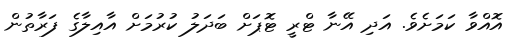
އޮއްވާ ކަމަށެވެ. އަދި އޭނާ ޓްރީ ޓޮޕަށް ބަދަލު ކުރުމަށް އާއިލާގެ ފަރާތުން